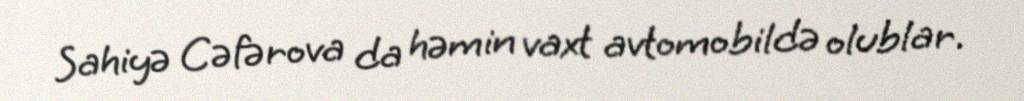
Sahiyə Cəfərova da həmin vaxt avtomobildə olublar.